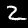
Label: 2